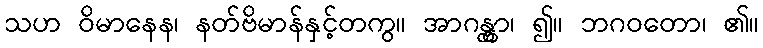
သဟ ဝိမာနေန၊ နတ်ဗိမာန်နှင့်တကွ။ အာဂန္တွာ၊ ၍။ ဘဂဝတော၊ ၏။